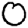
Digit: 0